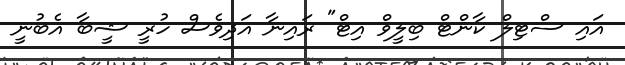
އައި ސްޓިލް ކާންޓް ބިލީވް އިޓް" ރައިނާ އަދިވެސް ހުރީ ޝީބާ އެބުނީ